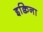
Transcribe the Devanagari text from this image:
इक्विना